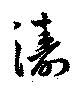
濤